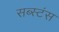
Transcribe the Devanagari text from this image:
सब्स्टंस